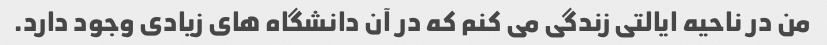
من در ناحیه ایالتی زندگی می کنم که در آن دانشگاه های زیادی وجود دارد.